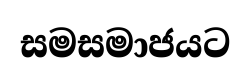
සමසමාජයට